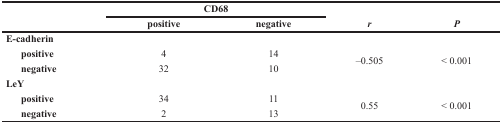
<table><thead><tr><td rowspan="2"></td><td colspan="2"><b>CD68</b></td><td rowspan="2"><b><i>r</i></b></td><td rowspan="2"><b><i>P</i></b></td></tr><tr><td><b>positive</b></td><td><b>negative</b></td></tr></thead><tbody><tr><td><b>E-cadherin</b></td><td></td><td></td><td></td><td></td></tr><tr><td><b> positive</b></td><td>4</td><td>14</td><td rowspan="2">−0.505</td><td rowspan="2">&lt; 0.001</td></tr><tr><td><b> negative</b></td><td>32</td><td>10</td></tr><tr><td><b>LeY</b></td><td></td><td></td><td></td><td></td></tr><tr><td><b> positive</b></td><td>34</td><td>11</td><td rowspan="2">0.55</td><td rowspan="2">&lt; 0.001</td></tr><tr><td><b> negative</b></td><td>2</td><td>13</td></tr></tbody></table>